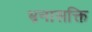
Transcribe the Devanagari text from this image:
भ्रनासक्ति